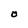
Character: O